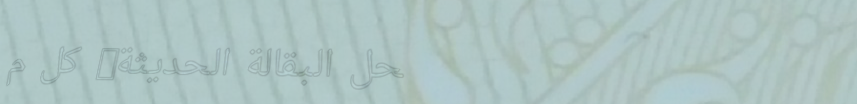
محل البقالة الحديثة: كل م